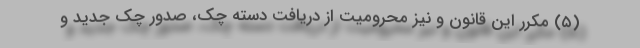
(۵) مکرر این قانون و نیز محرومیت از دریافت دسته چک، صدور چک جدید و